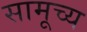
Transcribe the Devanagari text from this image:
सामूच्य